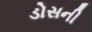
ડોસની